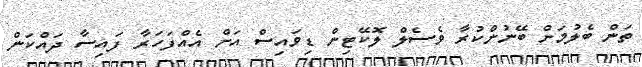
ތަން ބެލުމަށް ބޭނުންކުރާ ވެސެލް ލޮކޭޓިން ޑިވައިސް އަށް އެއްފަހަރާ ފައިސާ ދައްކަން